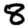
Digit: 8